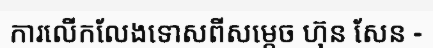
ការលើកលែងទោសពីសម្តេច ហ៊ុន សែន -